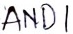
Text: AND1